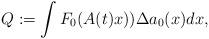
LaTeX: \begin{align*}Q:=\int F_0(A(t) x) ) \Delta a_0(x) dx,\end{align*}